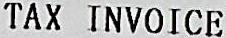
TAX INVOICE